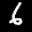
Label: 6